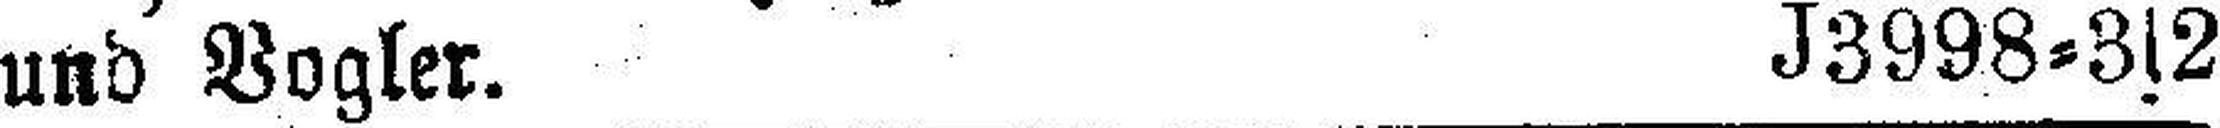
und Vogler. J3998=3s2